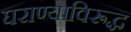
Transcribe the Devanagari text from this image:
घराण्याविरूद्ध